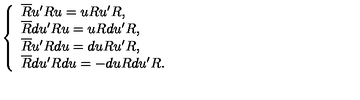
\left\{ \begin{array} { l } { \overline { { R } } u ^ { \prime } R u = u R u ^ { \prime } R , } \\ { \overline { { R } } d u ^ { \prime } R u = u R d u ^ { \prime } R , } \\ { \overline { { R } } u ^ { \prime } R d u = d u R u ^ { \prime } R , } \\ { \overline { { R } } d u ^ { \prime } R d u = - d u R d u ^ { \prime } R . } \\ \end{array} \right.